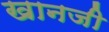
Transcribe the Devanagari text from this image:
खानजी